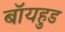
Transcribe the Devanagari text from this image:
बॉयहुड